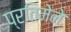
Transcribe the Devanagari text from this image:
प्रतिमेने